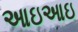
આઇઆઇ